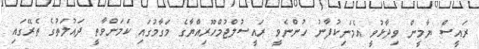
ރައީސް ޔާމީން ވިދާޅުވީ އެމަނިކުފާނު ހުންނެވީ ރައީސުލްޖުމްހޫރިއްޔާގެ މަގާމުގައި ކަމަށްވާތީ ދައުލަތުގެ ތެރޭގައި